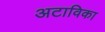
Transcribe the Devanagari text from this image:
अटाविका